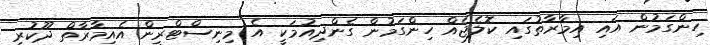
ހިންގަމުން އައި އިމާރާތުގައި ކޮލެޖެއް ހިންގަމުން ގެންދިއުމަކީ އެ މިނިސްޓްރީން އެއިމާރާތް ދޫކުރި